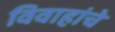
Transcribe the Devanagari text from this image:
विवाहांचे